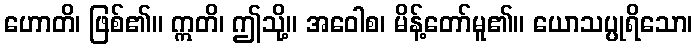
ဟောတိ၊ ဖြစ်၏။ ဣတိ၊ ဤသို့။ အဝေါစ၊ မိန့်တော်မူ၏။ ယောသပ္ပုရိသော၊